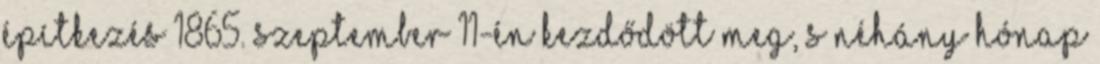
építkezés 1865. szeptember 11-én kezdődött meg, s néhány hónap